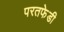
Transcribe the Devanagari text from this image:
परतफेडी